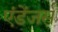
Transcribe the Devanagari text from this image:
एंडेंजर्स